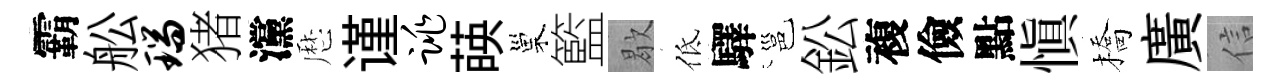
霸舩瑞猪灙厯谨跳𦴤巢籃歇低驛邕鈆複儉點愼橋廣信